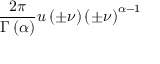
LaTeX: { \frac { 2 \pi } { \Gamma \left( \alpha \right) } } u \left( \pm \nu \right) \left( \pm \nu \right) ^ { \alpha - 1 }